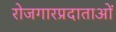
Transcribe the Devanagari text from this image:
रोजगारप्रदाताओं